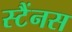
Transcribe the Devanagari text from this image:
स्टैंनस